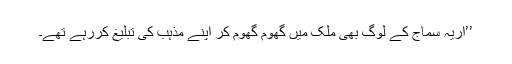
’’آریہ سماج کے لوگ بھی ملک میں گھوم گھوم کر اپنے مذہب کی تبلیغ کررہے تھے۔